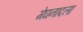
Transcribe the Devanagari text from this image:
मेघनादला